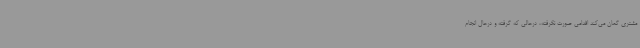
مشتری گمان می‌کند اقدامی صورت نگرفته، درحالی که گرفته و درحال انجام